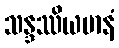
သန္ဒဿိယမာနံ